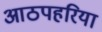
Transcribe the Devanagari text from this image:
आठपहरिया